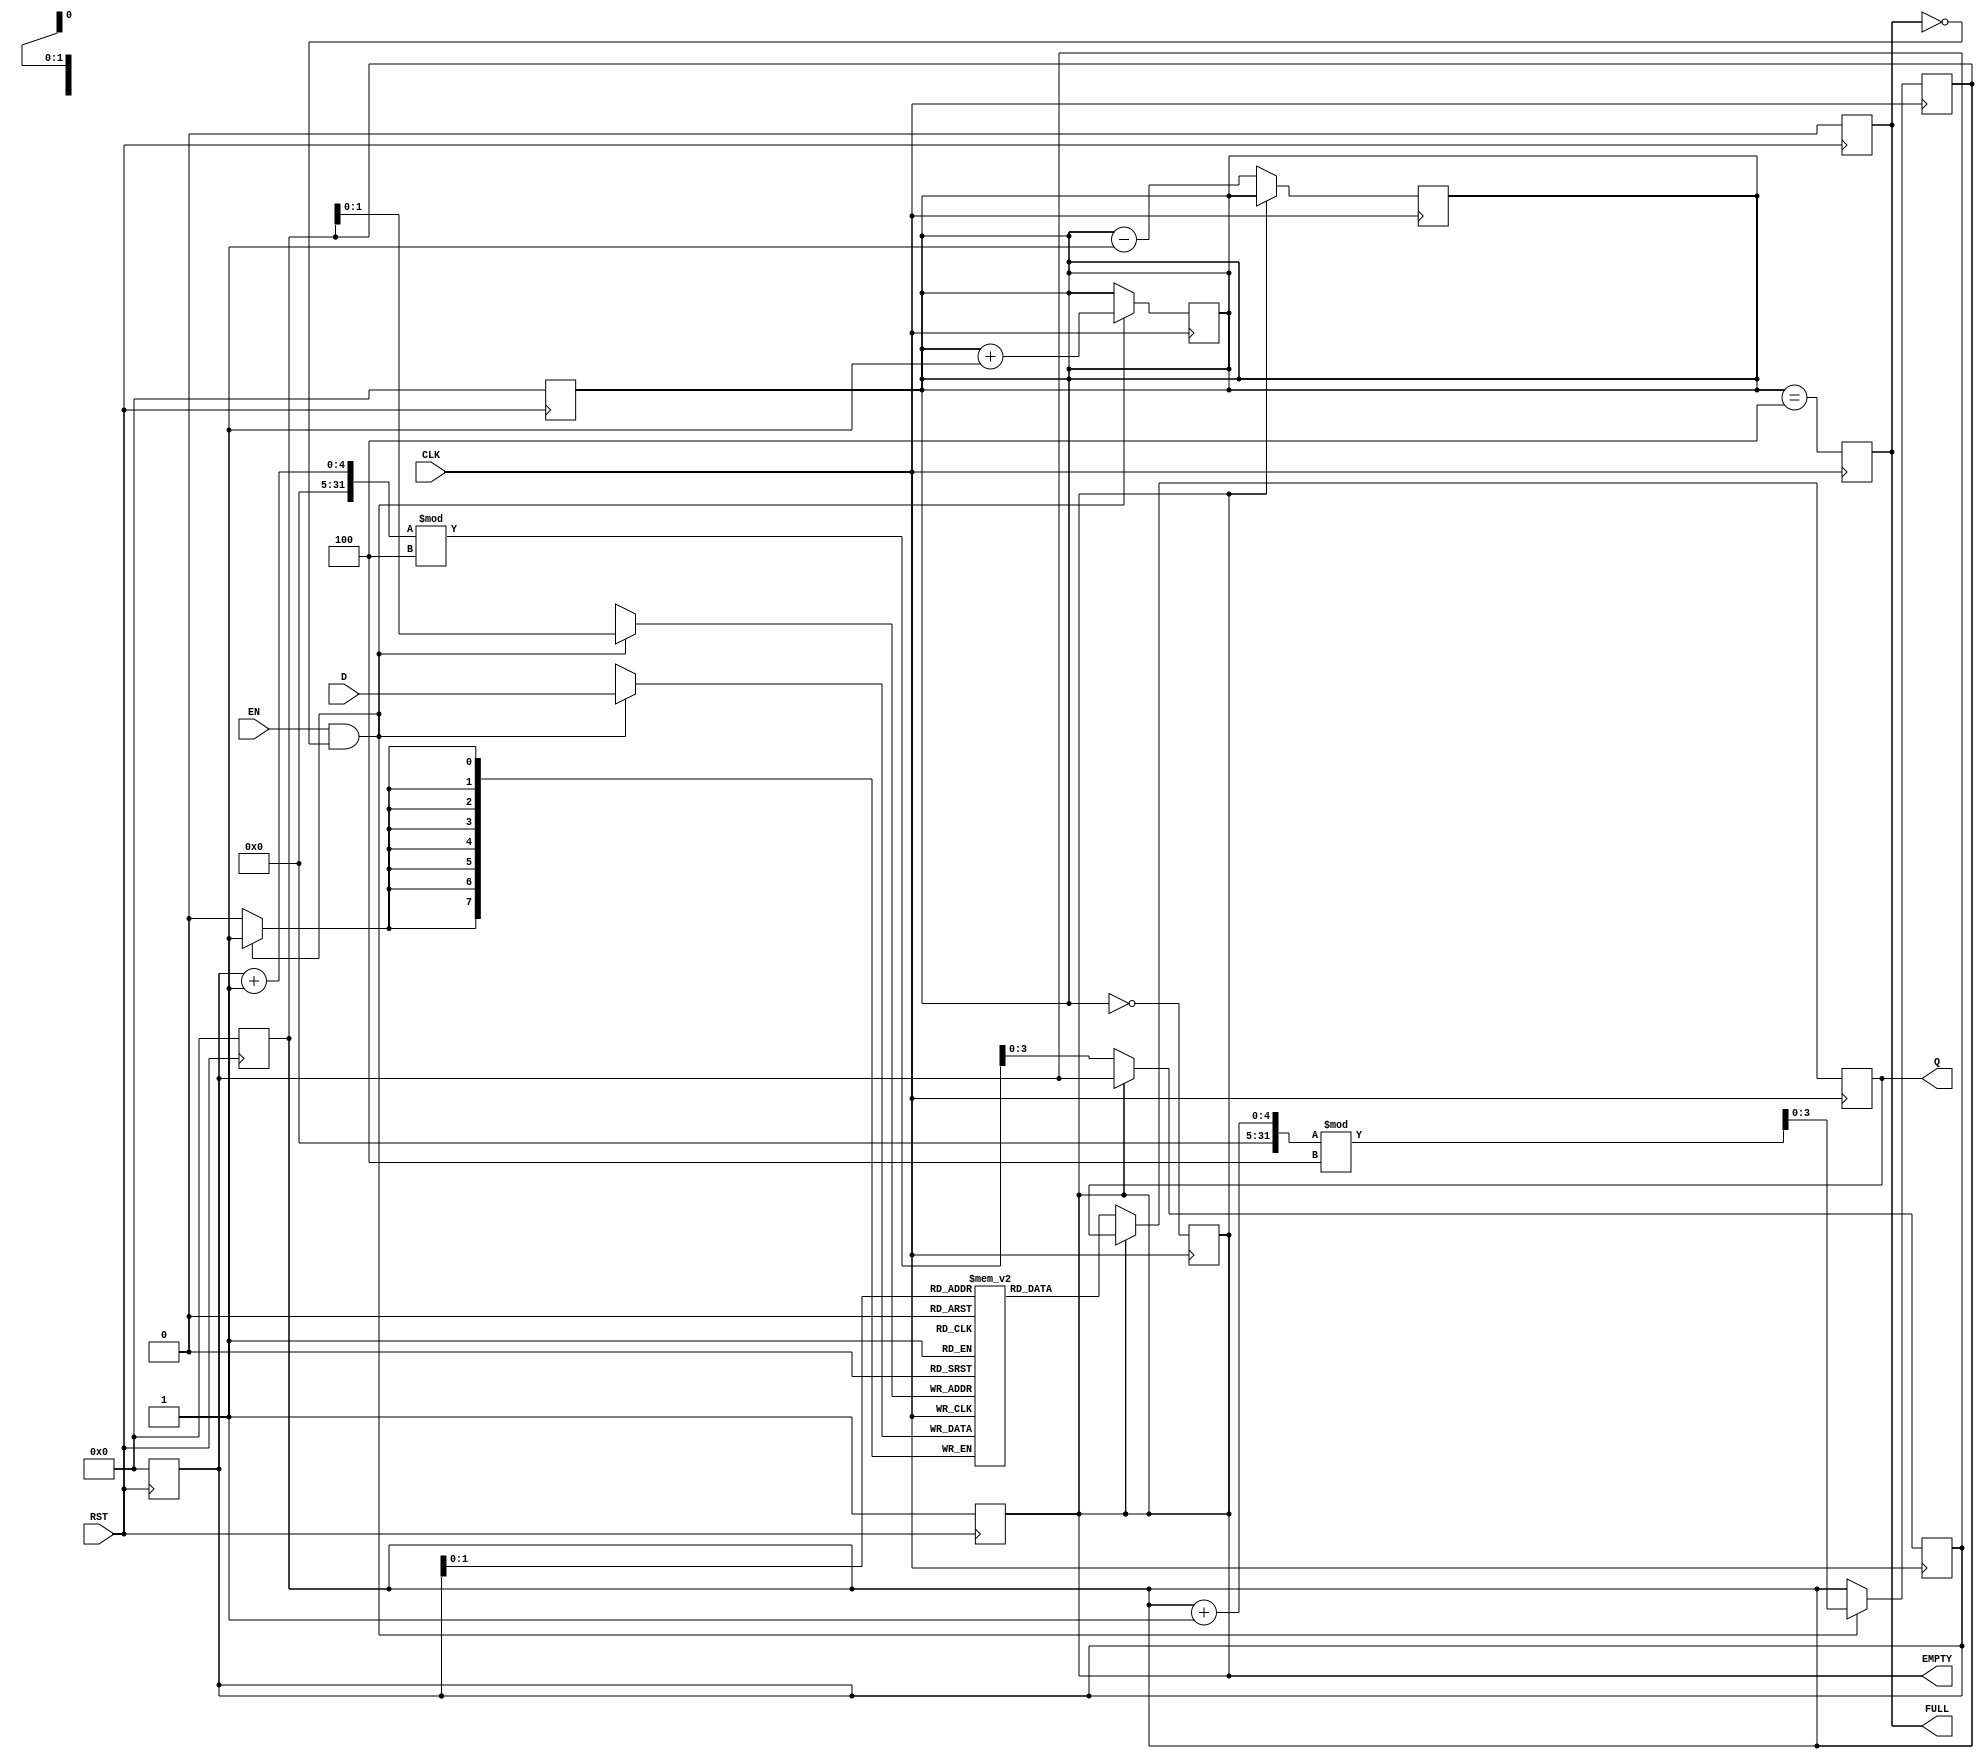
module PipelineBuffer #(
    parameter DATA_WIDTH = 8,  // Width of the data input
    parameter DEPTH = 4         // Depth of the buffer
)(
    input  wire [DATA_WIDTH-1:0] D,   // Data input
    input  wire CLK,                   // Clock signal
    input  wire RST,                   // Reset signal
    input  wire EN,                    // Enable signal
    output reg  [DATA_WIDTH-1:0] Q,    // Data output
    output reg  FULL,                  // Full flag
    output reg  EMPTY                  // Empty flag
);

    // Internal storage
    reg [DATA_WIDTH-1:0] buffer [0:DEPTH-1];
    reg [3:0] write_ptr;                 // Write pointer
    reg [3:0] read_ptr;                  // Read pointer
    reg [3:0] count;                     // Number of elements in buffer

    // Asynchronous reset
    always @(posedge RST) begin
        // Clear buffer and reset pointers
        FULL <= 1'b0;
        EMPTY <= 1'b1;
        count <= 4'b0;
        write_ptr <= 4'b0;
        read_ptr <= 4'b0;
    end

    // Write operation
    always @(posedge CLK) begin
        if (EN && !FULL) begin
            buffer[write_ptr] <= D;    // Store data
            write_ptr <= (write_ptr + 1) % DEPTH; // Increment write pointer
            count <= count + 1;        // Increment count
        end

        // Update FULL and EMPTY flags
        FULL <= (count == DEPTH);
        EMPTY <= (count == 0);
    end

    // Read operation
    always @(posedge CLK) begin
        if (!EMPTY) begin
            Q <= buffer[read_ptr];      // Read data
            read_ptr <= (read_ptr + 1) % DEPTH; // Increment read pointer
            count <= count - 1;        // Decrement count
        end
    end

endmodule